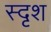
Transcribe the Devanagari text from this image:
स्दृश